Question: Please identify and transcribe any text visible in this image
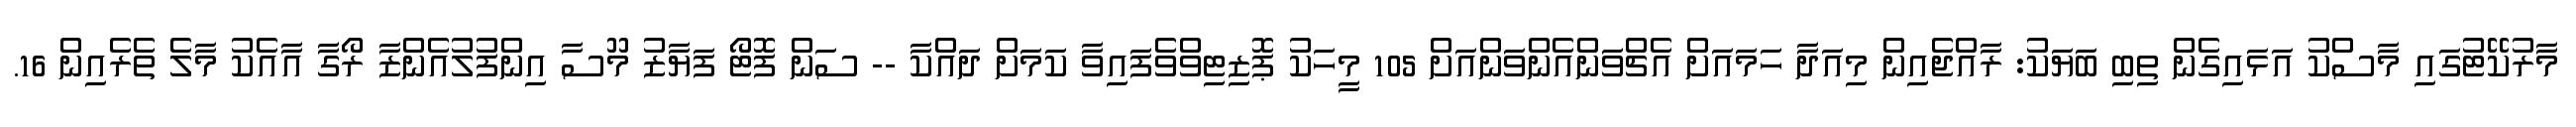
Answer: މާރުކޭޓުގައި މާސްކު އަޅައިގެން ތިބި ބަޔަކު: ރާއްޖެއިން މިއަދާ ހަމައަށް އެޗްވަންއެންވަންއަށް 105 މީހަކު ޕޮޒިޓިވްވެފައިވާ ކަމަށް ދައްކާ -- ސަން ފޮޓޯ ފަޔާޒު މޫސާ އިންފުލުއެންޒާ ރޯގާ އާއެކު މާލެ ތެރެއިން 16.